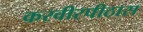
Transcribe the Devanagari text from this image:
करवीरपीठास